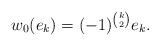
LaTeX: \begin{align*}w_0(e_k)=(-1)^{\binom{k}{2}}e_k.\end{align*}